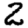
Digit: 2